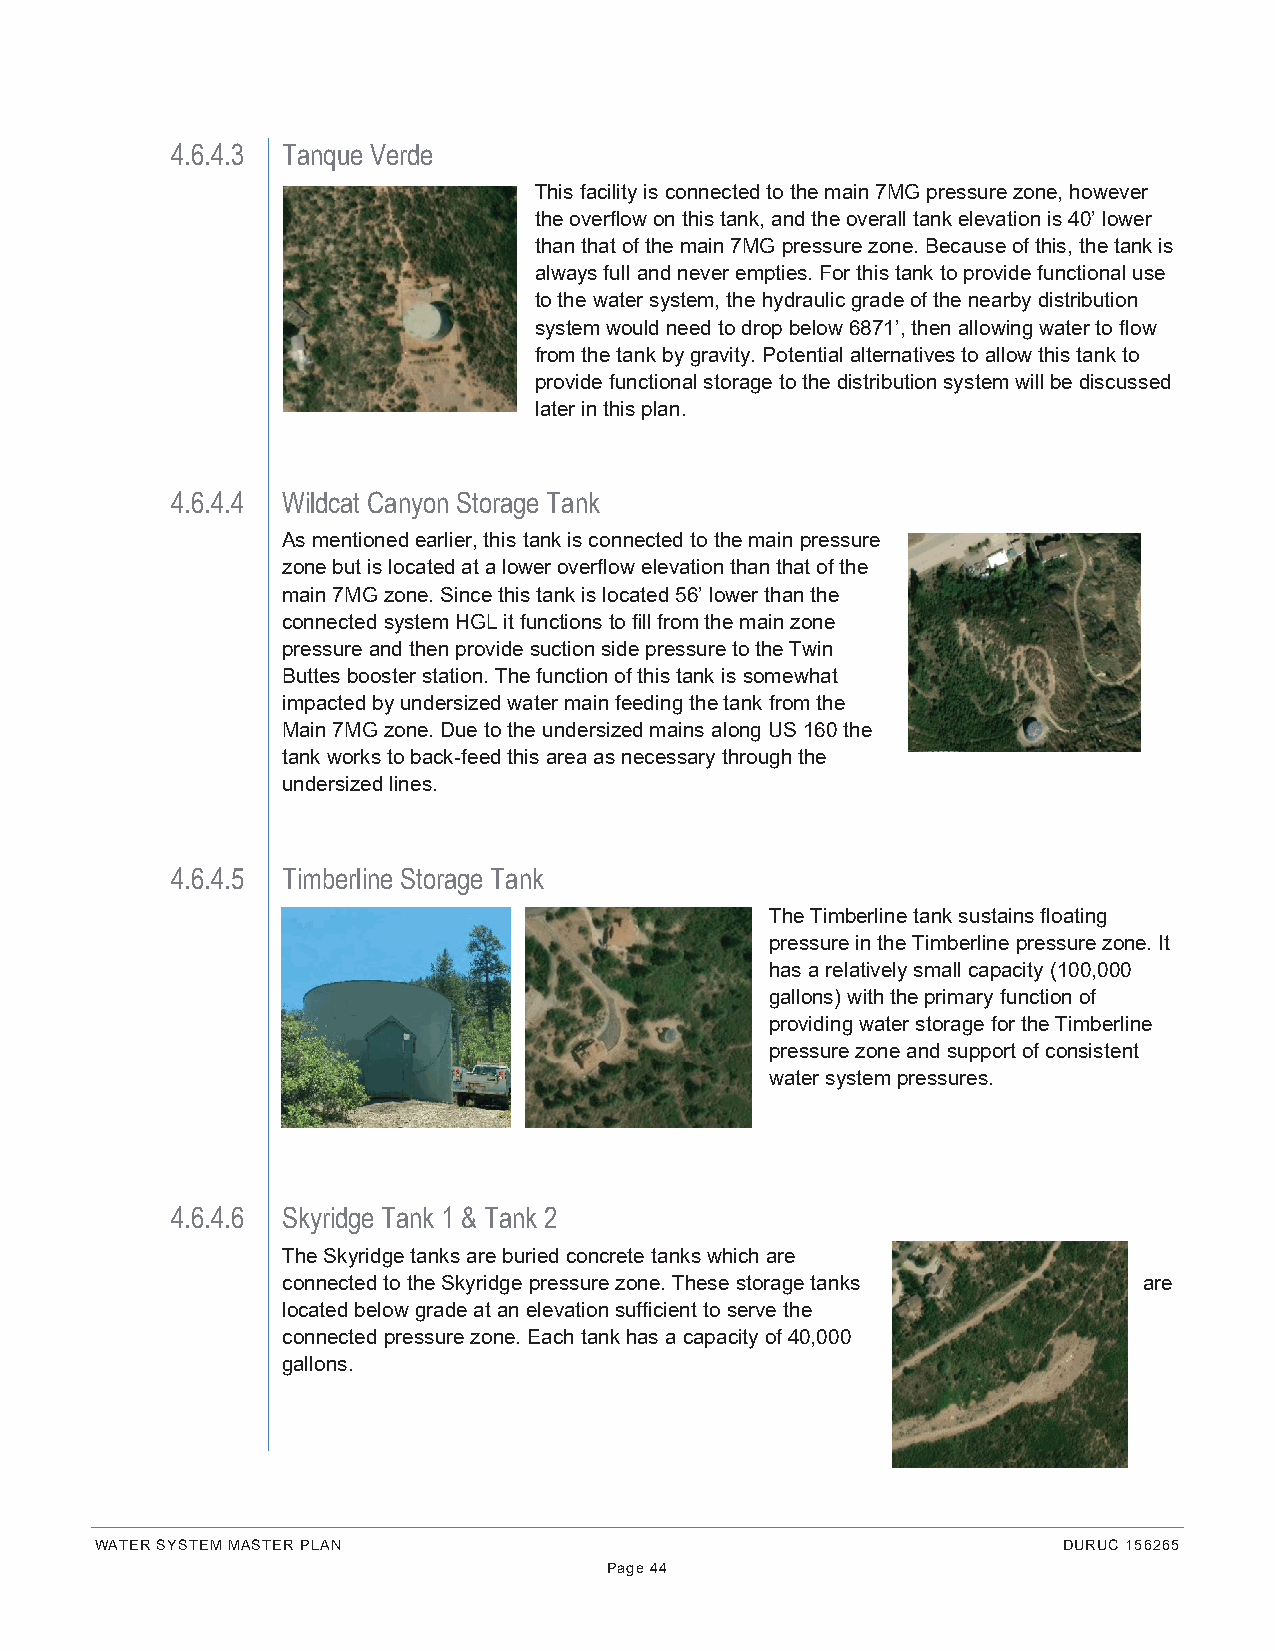
4.6.4.3 Tanque Verde
 This facility is connected to the main 7MG pressure zone, however
 the overflow on this tank, and the overall tank elevation is 40’ lower
 than that of the main 7MG pressure zone. Because of this, the tank is
 always full and never empties. For this tank to provide functional use
 to the water system, the hydraulic grade of the nearby distribution
 system would need to drop below 6871’, then allowing water to flow
 from the tank by gravity. Potential alternatives to allow this tank to
 provide functional storage to the distribution system will be discussed
 later in this plan.
 4.6.4.4 Wildcat Canyon Storage Tank
 As mentioned earlier, this tank is connected to the main pressure
 zone but is located at a lower overflow elevation than that of the
 main 7MG zone. Since this tank is located 56’ lower than the
 connected system HGL it functions to fill from the main zone
 pressure and then provide suction side pressure to the Twin
 Buttes booster station. The function of this tank is somewhat
 impacted by undersized water main feeding the tank from the
 Main 7MG zone. Due to the undersized mains along US 160 the
 tank works to back-feed this area as necessary through the
 undersized lines.
 4.6.4.5 Timberline Storage Tank
 The Timberline tank sustains floating
 pressure in the Timberline pressure zone. It
 has a relatively small capacity (100,000
 gallons) with the primary function of
 providing water storage for the Timberline
 pressure zone and support of consistent
 water system pressures.
 4.6.4.6 Skyridge Tank 1 & Tank 2
 The Skyridge tanks are buried concrete tanks which are
 connected to the Skyridge pressure zone. These storage tanks are
 located below grade at an elevation sufficient to serve the
 connected pressure zone. Each tank has a capacity of 40,000
 gallons.
 WATER SYSTEM MASTER PLAN                                        DURUC 156265
 Page 44